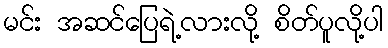
မင်း အဆင်ပြေရဲ့လားလို့ စိတ်ပူလို့ပါ